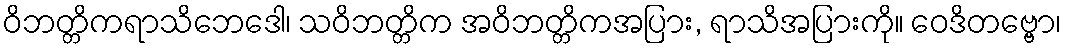
ဝိဘတ္တိကရာသိဘေဒေါ၊ သဝိဘတ္တိက အဝိဘတ္တိကအပြား, ရာသိအပြားကို။ ဝေဒိတဗ္ဗော၊